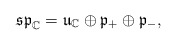
\begin{align*}\frak{sp}_{\mathbb{C}}=\frak{u}_{\mathbb{C}}\oplus \frak{p}_+ \oplus \frak{p}_-,\end{align*}